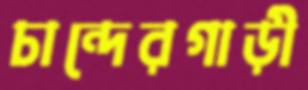
চান্দেরগাড়ী